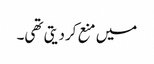
میں منع کردیتی تھی۔